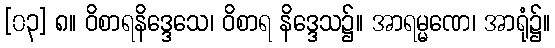
[၀၃] ၈။ ဝိစာရနိဒ္ဒေသေ၊ ဝိစာရ နိဒ္ဒေသ၌။ အာရမ္မဏေ၊ အာရုံ၌။